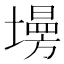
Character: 𡑦